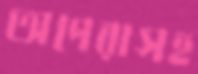
অপেরাসহ